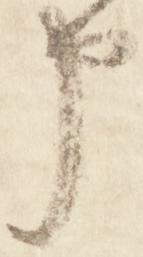
申